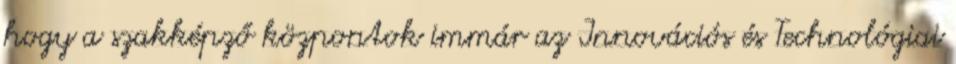
hogy a szakképző központok immár az Innovációs és Technológiai